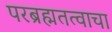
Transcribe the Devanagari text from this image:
परब्रह्मतत्वाचा